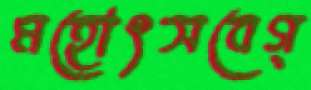
মহোৎসবেগ্